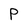
Character: P